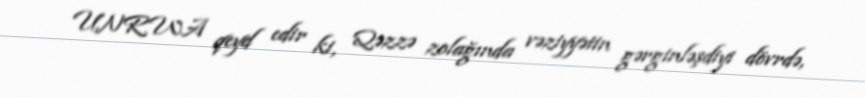
UNRWA qeyd edir ki, Qəzzə zolağında vəziyyətin gərginləşdiyi dövrdə,